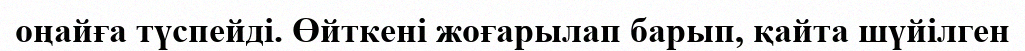
оңайға түспейді. Өйткені жоғарылап барып, қайта шүйілген